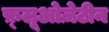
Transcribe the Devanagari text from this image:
फ़्लूओज़ेटीन